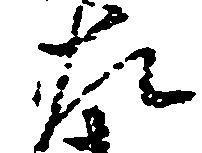
左